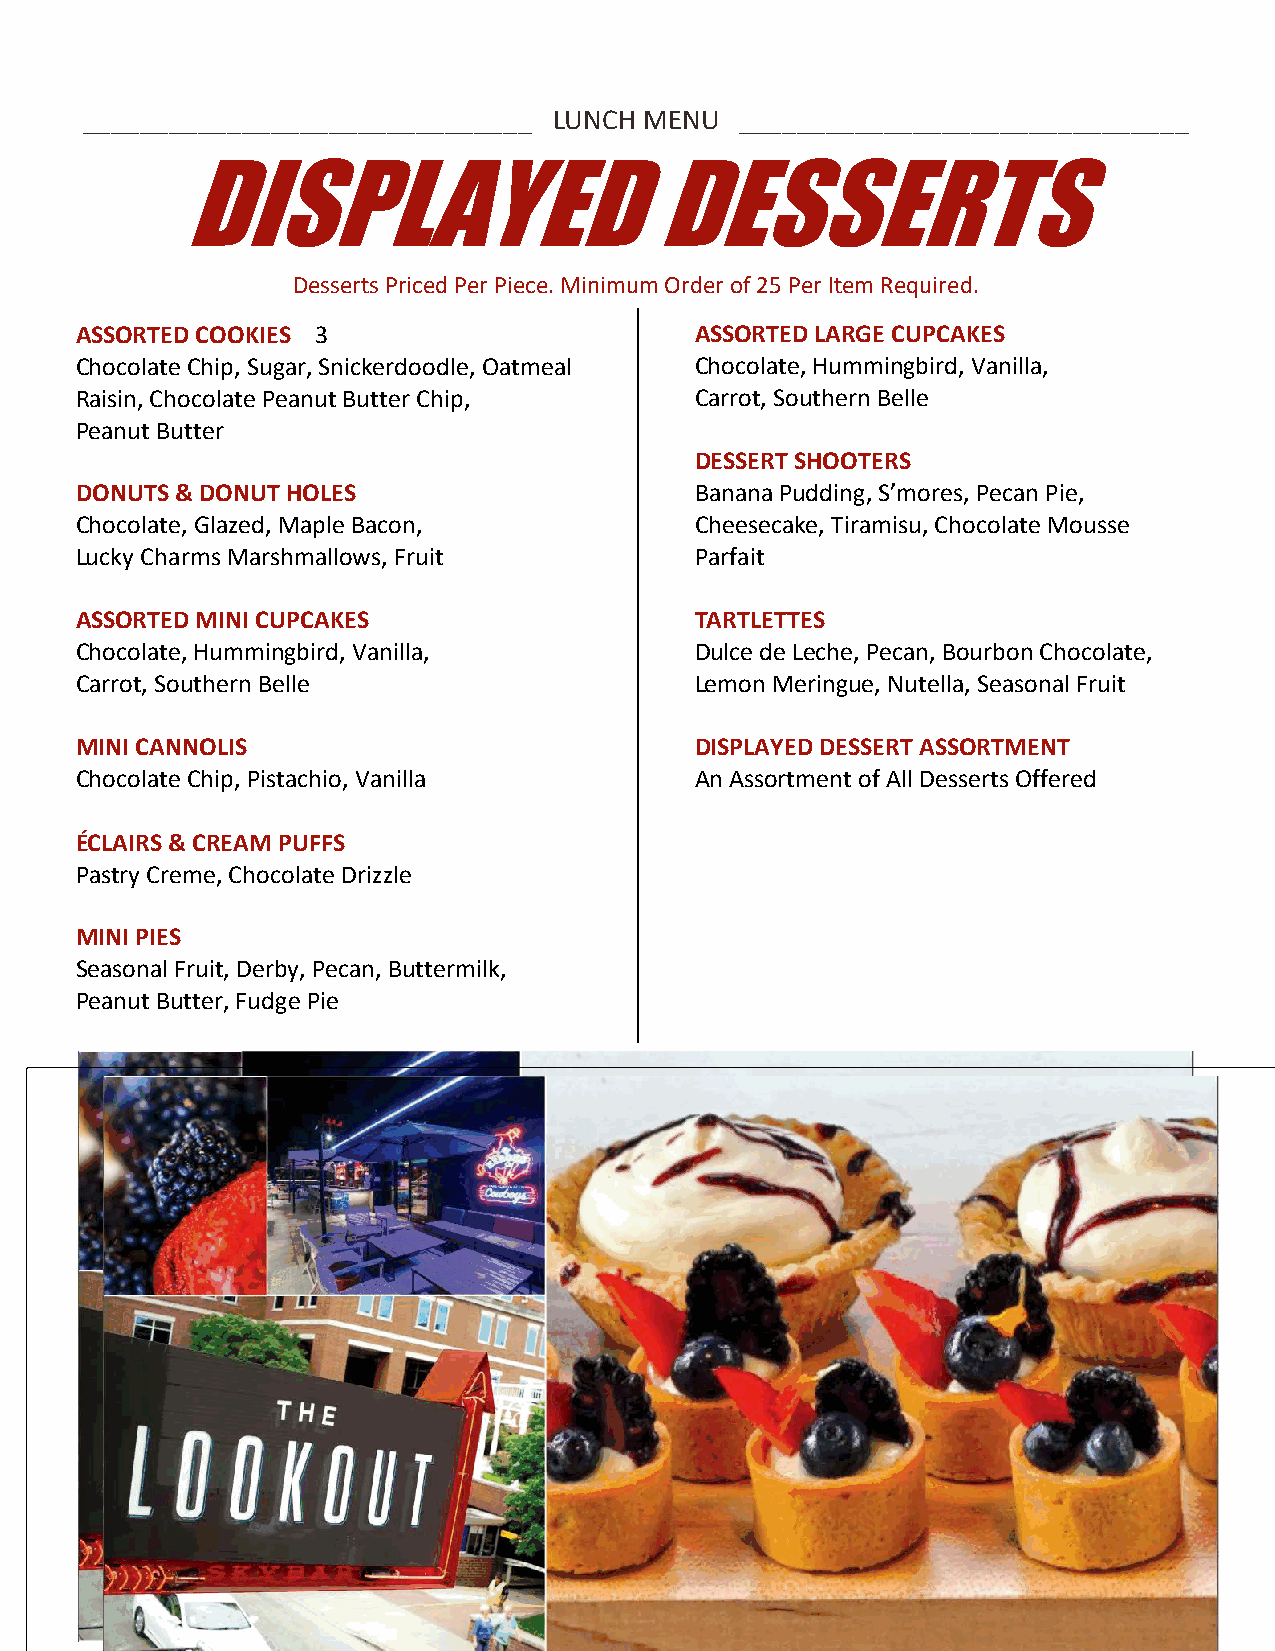
_______________________________ LUNCH MENU  _______________________________
 DISPLAYED                      DESSERTS
 Desserts Priced Per Piece. Minimum Order of 25 Per Item Required.
 ASSORTED COOKIES 3                       ASSORTED LARGE CUPCAKES
 Chocolate Chip, Sugar, Snickerdoodle, Oatmeal Chocolate, Hummingbird, Vanilla,
 Raisin, Chocolate Peanut Butter Chip,    Carrot, Southern Belle
 Peanut Butter
 DESSERT SHOOTERS
 DONUTS & DONUT HOLES                     Banana Pudding, S’mores, Pecan Pie,
 Chocolate, Glazed, Maple Bacon,          Cheesecake, Tiramisu, Chocolate Mousse
 Lucky Charms Marshmallows, Fruit         Parfait
 ASSORTED MINI CUPCAKES                   TARTLETTES
 Chocolate, Hummingbird, Vanilla,         Dulce de Leche, Pecan, Bourbon Chocolate,
 Carrot, Southern Belle                   Lemon Meringue, Nutella, Seasonal Fruit
 MINI CANNOLIS                            DISPLAYED DESSERT ASSORTMENT
 Chocolate Chip, Pistachio, Vanilla       An Assortment of All Desserts Offered
 ÉCLAIRS & CREAM PUFFS
 Pastry Creme, Chocolate Drizzle
 MINI PIES
 Seasonal Fruit, Derby, Pecan, Buttermilk,
 Peanut Butter, Fudge Pie
 All charges are subject to a 24% service charge and applicable taxes.
 * Consuming raw or undercooked meats, poultry, seafood, shellfish or eggs may increase your risk of foodborne illness.